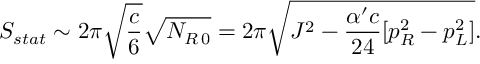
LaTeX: S _ { s t a t } \sim 2 \pi \sqrt { \frac { c } { 6 } } \sqrt { N _ { R \, 0 } } = 2 \pi \sqrt { J ^ { 2 } - { \frac { \alpha ^ { \prime } c } { 2 4 } } [ p _ { R } ^ { 2 } - p _ { L } ^ { 2 } ] } .